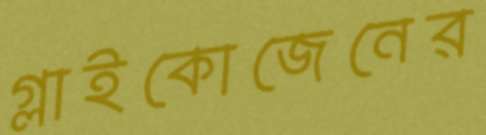
গ্লাইকোজেনের